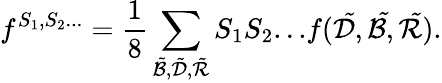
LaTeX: f^{S_{1},S_{2}...}=\frac{1}{8}\sum_{\tilde{\cal B},\tilde{\cal D},\tilde{\cal R}}{S_{1}S_{2}...}f({\cal\tilde{D}},{\cal\tilde{B}},{\cal\tilde{R}}).